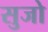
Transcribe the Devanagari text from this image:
सुजो